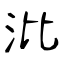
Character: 沘